Bréfritari: Sigríður Pálsdóttir
Viðtakandi: Páll Pálsson
Dagsetning: A-1867-08-14
Skrifað á: Breiðabólsstað  Rang.
Páll var bróðir Sigríðar

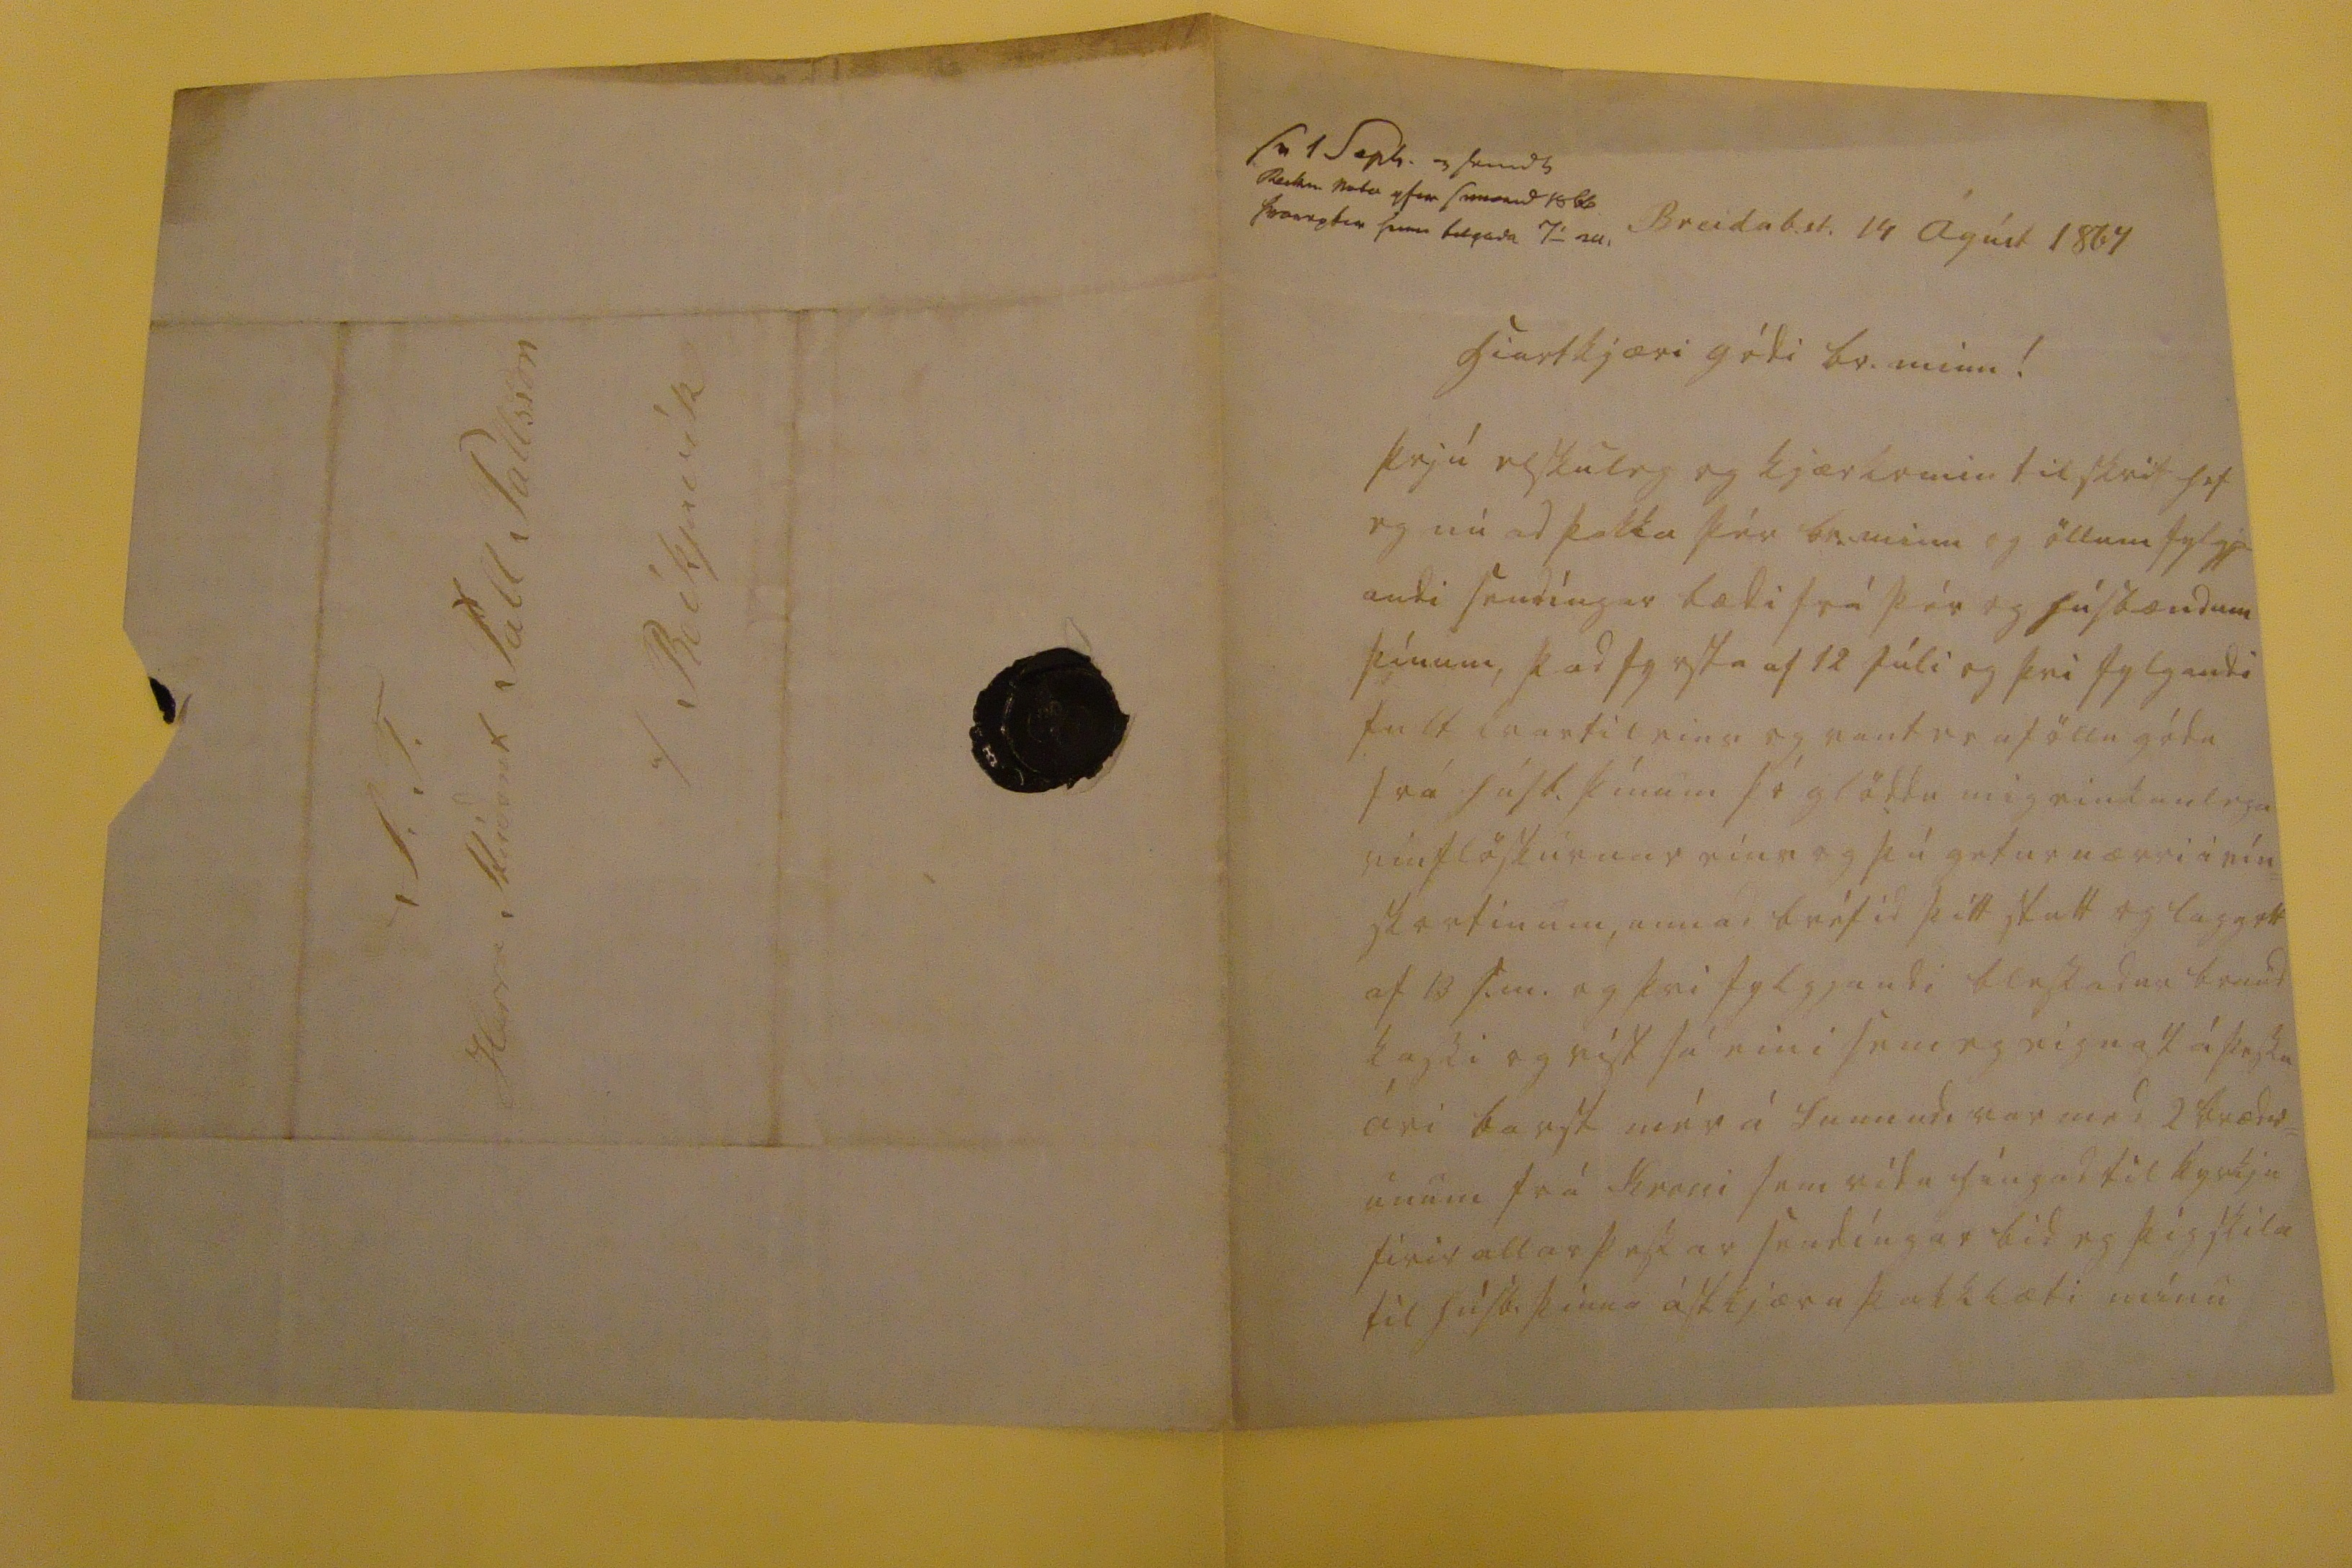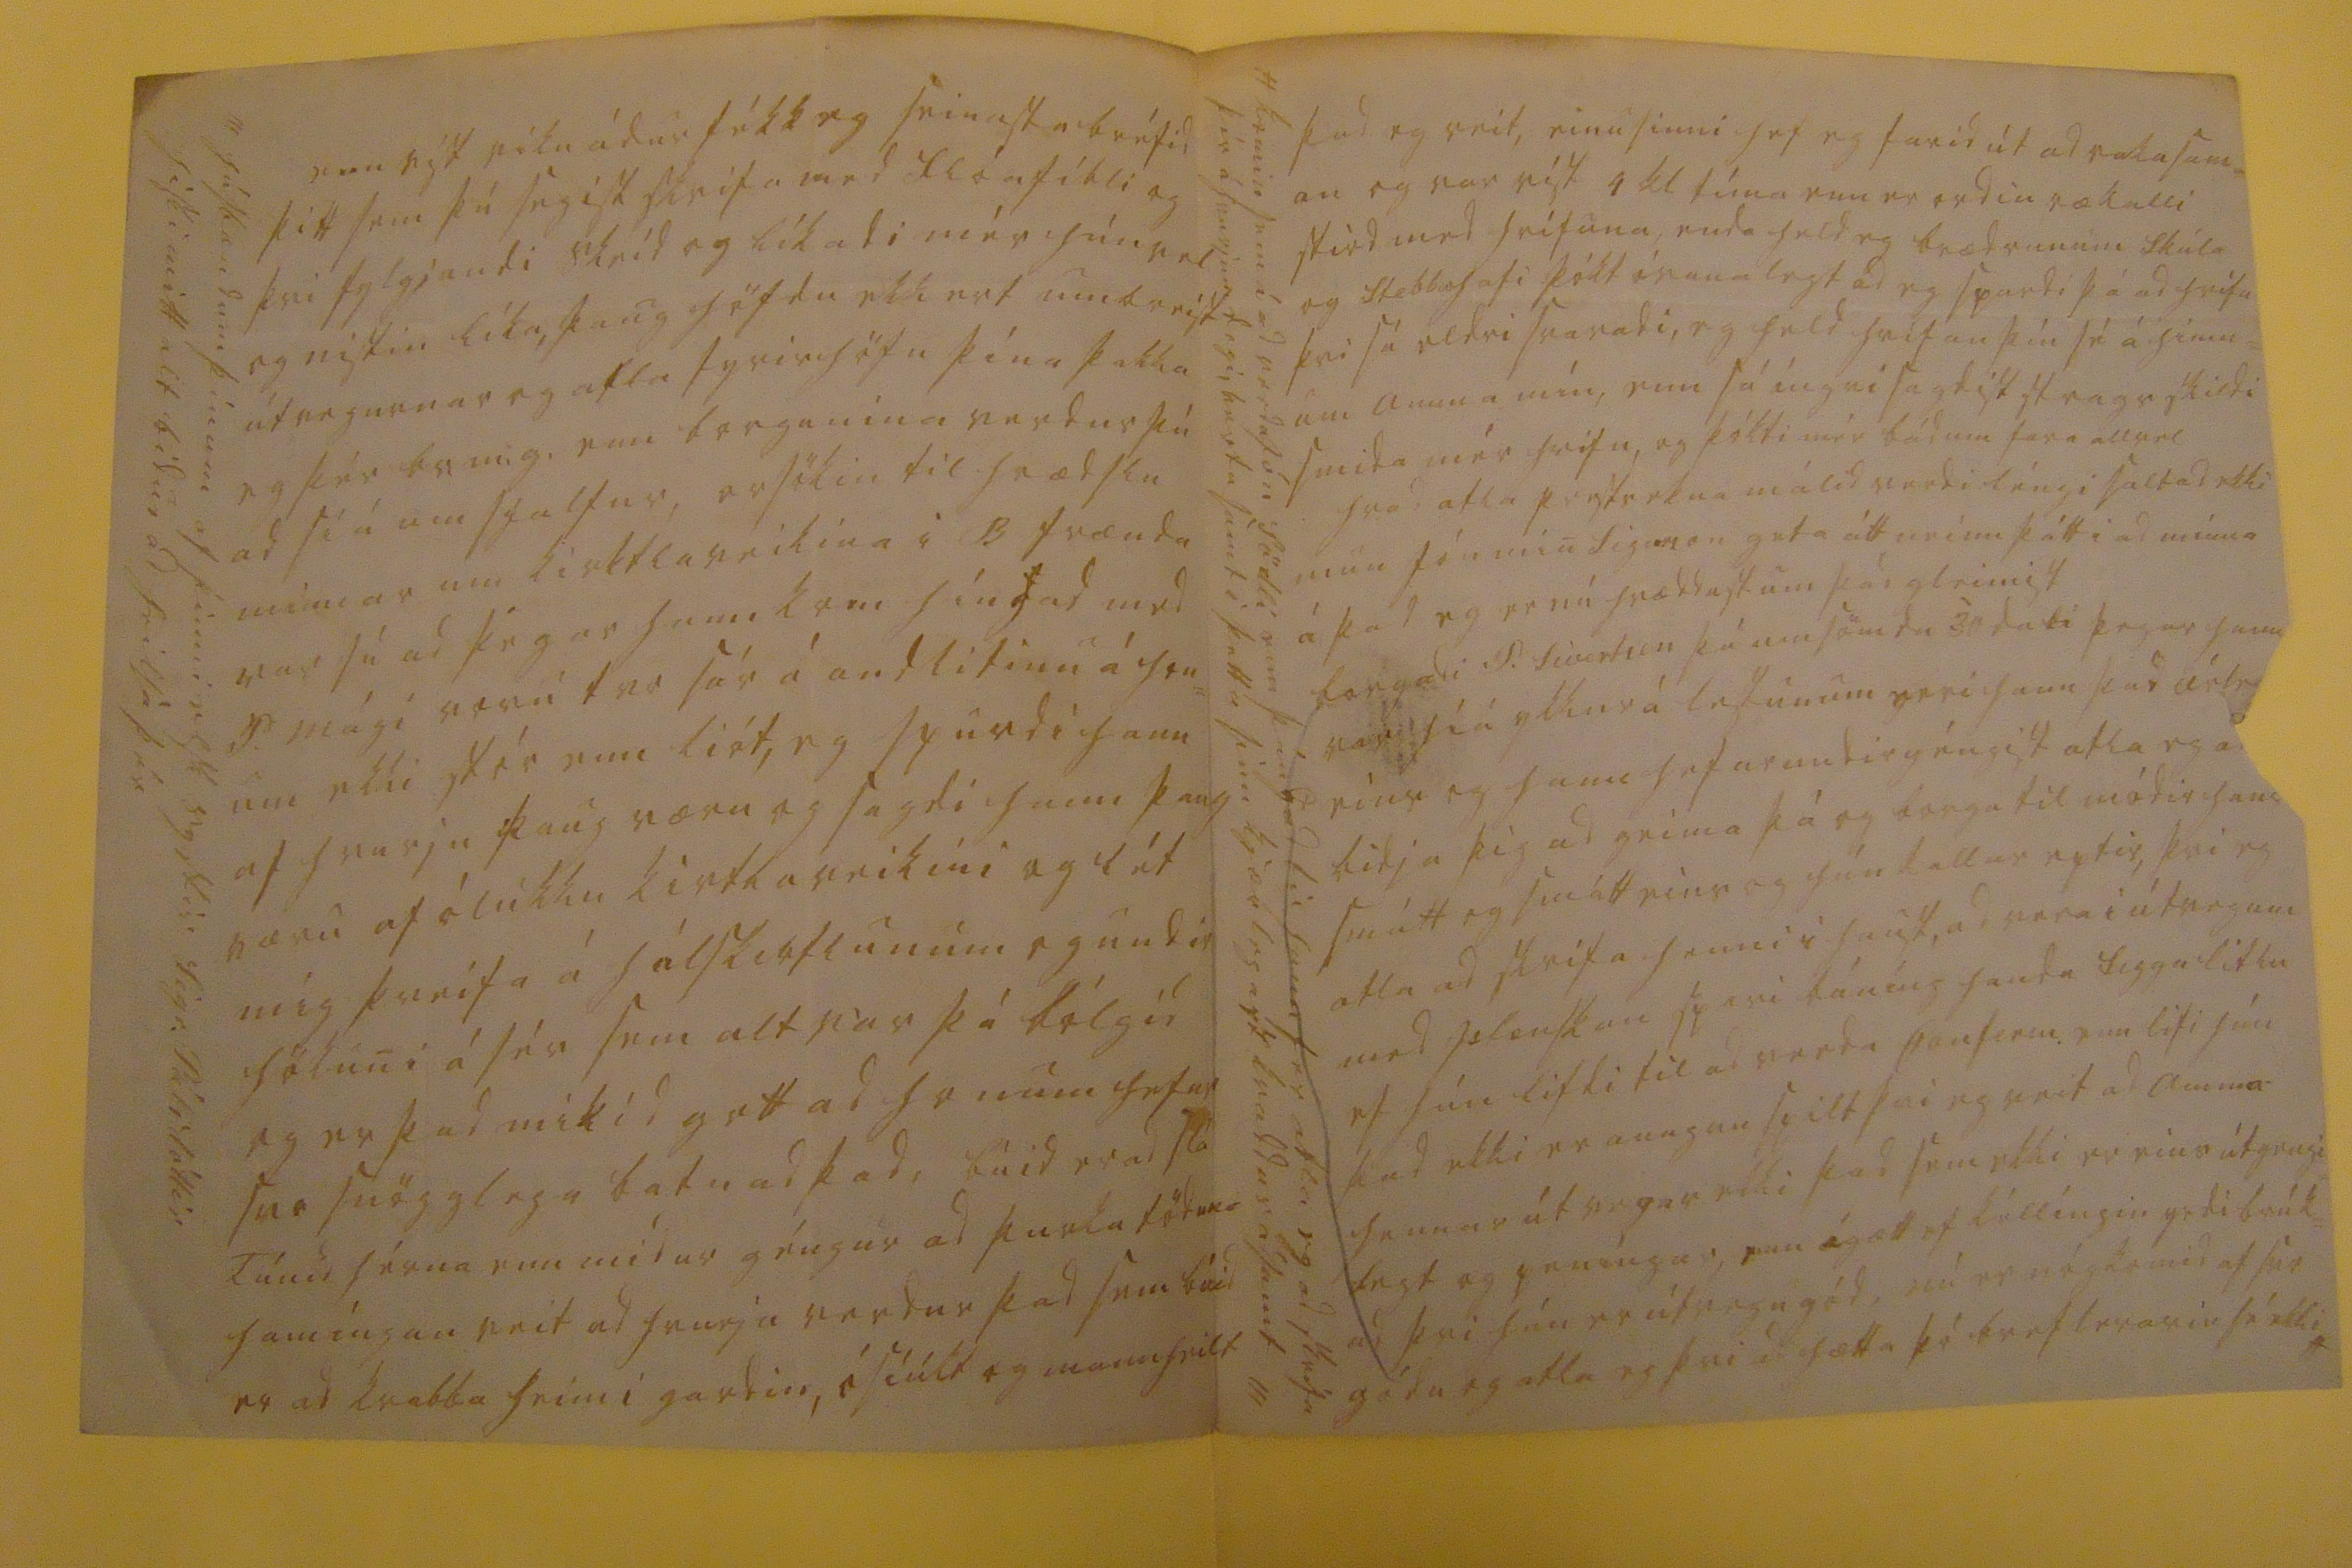

sv 1 sept og sendt Reikn nota ifir s0000d 1860 000000 s000 filgada 7_ 00.
Breidab.st. 14 Ágúst 1867
hiartkjæri gódi br. minn!
þrjú elskuleg og kjærkomin tilskrif hef eg nú ad þakka þér br. minn og öllum fylgja andi sendíngar bædi frá þér og húsbændum þínum, þad fyrsta af 12 Júli og þvi fylgandi fult kvartil eins og vant er af öllu góda frá húsb. þínum þó glöddu mig einkanlega vinflöskurnar eins og þú getur nærri i eín= skortinum, annad bréfid þitt stutt og laggott af 13. s.m. og þvi fylgjandi blessadur braud kassi og víst sá eini sem eg eignast á þessu ári barst mér á Sunnud. var med 2 brædr= unum frá
Krassi
sem rída híngad til kyrkju firir allar þessar sendíngar bid eg þig skila til húsb. þinna ástkjæru þakklæti mínu
enn víst viku ádur fékk eg seinasta bréfid þitt sem þú segist skrifa med Flóafíbli og þvi fylgjandi skeid og líkadi mér hún vel og nistin líka, þaug höfdu ekkert umbreist útvegurnar og alla fyrirhöfn þína þakka eg þér br m.g. enn borgunina verdur þú ad siá um sjalfur, orsökin til hrædslu minnar um kirktlaveikina i B frænda var sú ad þégar hann kom híngad med P. mági voru tvo sár á andlitinu á hon= um ekki stór enn liót, eg spurdi hann af hvurju þaug væru og sagdi hann þaug væru af ólukku kirtlaveikini og lét mig þreifa á hálskirtlunum og undir hökuni á sér sem alt var þá bólgid og er þad mikid gott ad honum hefur svo snögglega batnad þad, búid er ad slá Túnid hérna enn midur géngur ad þurka töduna hamíngan veit ad hvurju verdur þad sem búid er ad kvabba heim i gardin, ósíúlt og mannheilt
/// húsbændum þínum af þinni elsk systir Sigr. Pálsdóttir hiski mitt alt bidur ad heilsa þér
þad eg veit, einu sinni hef eg farid út ad raka sam= an og var víst 4 kl tíma enn er ordin rækalli stird med hrífuna, enda held eg brædrunum Skúla og Stebba hafi þókt óvanalegt ad eg spurdi þá ad hrífa þvi sá eldri svaradi, eg held hrífan þín sé á himn= um amma mín, enn sá íngri sagdist strags skildi smida mér hrifu, og þókti mér bádum fara allvel hvad atla prestsekna málid verdi léngi saltad ekki mun Jón min Sigurson geta átt neinn þátt i ad mínna á þad eg er nú hræddust um þad gleimist borgadi P. Sivertsen þá umsömdu 30 dali þegar hann var híá ykkur á lestunum reri hann þad
árle
eins og hann hefur undirgéngist atla eg ad bidja þig ad geima þá og borga til módir hans smátt og smátt eins og hún kallar eptir, þvi eg atla ad skrifa henni i haust, ad vera i útvegum med Islenskan spari búníng handa Siggu litlu ef hún lifdi til ad verda Conferm. enn lifi hún þad ekki er aungan spilt þvi eg veit ad amma hennar útvegar ekki þad sem ekki er eins útgengi= legt og peníngar, enn ágætt ef kéllíngin yrdi brúk= ad þvi hún er útvegugód, nú er nóg komid af svo gódu og atla eg þvi ad hætta þó breflesarin sé ekki*
komin sem í ad verda Jón Södli enn þángad til hann fer atla eg ad skrifa þír á hvurjum degi, vertu samt i þetta sinn kjærlegast kvaddur ásamt ///
S.T. Herra Stúdent Pall Pallsson a/ Reíkjavík